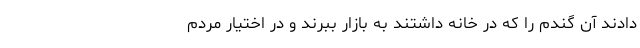
دادند آن گندم را که در خانه داشتند به بازار ببرند و در اختیار مردم